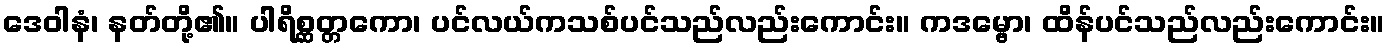
ဒေဝါနံ၊ နတ်တို့၏။ ပါရိစ္ဆတ္တကော၊ ပင်လယ်ကသစ်ပင်သည်လည်းကောင်း။ ကဒမ္ဗော၊ ထိန်ပင်သည်လည်းကောင်း။